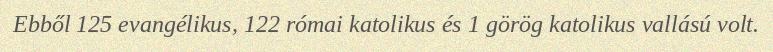
Ebből 125 evangélikus, 122 római katolikus és 1 görög katolikus vallású volt.